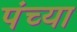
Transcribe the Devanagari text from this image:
पंच्या